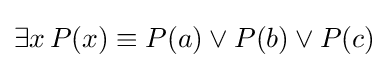
\exists x\,P(x)\equiv P(a)\lor P(b)\lor P(c)